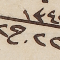
١٣٤٣ ٢٢ ج٢